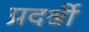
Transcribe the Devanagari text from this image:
प्रदर्श्नी